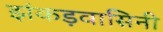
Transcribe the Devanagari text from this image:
झंकड़वासिनी